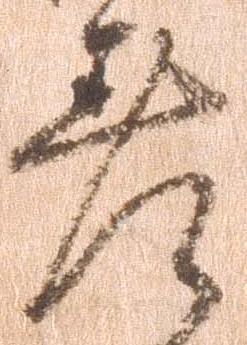
差